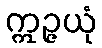
ဣဉ္ဇယုံ